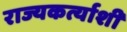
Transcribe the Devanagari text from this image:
राज्यकर्त्याशी